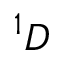
^ 1 D